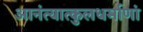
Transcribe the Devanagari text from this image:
आनंत्यात्कुलधर्माणां